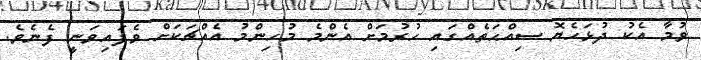
ވުމާ އެކު ދުޅަހެޔޮ ސިއްޙަތެއްގައި ހުރުމަށް އެންމެ މުހިންމު އެއްޗަކަށް ވެފައިވަނީ ފެނެވެ.